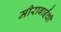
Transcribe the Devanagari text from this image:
मीराबाईंची